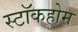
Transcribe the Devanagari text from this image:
स्टाॅकहोम